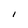
Character: I